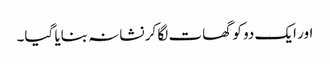
اور ایک دو کو گھات لگا کر نشانہ بنایا گیا۔